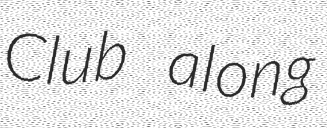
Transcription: Club along